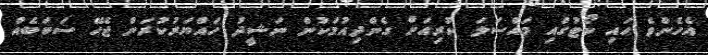
އެހެންވެ ހައި ކޯޓުގައި މައްސަލަ ކުރިއަށް ގެންދިއުމަކުން ނަޝީދު ހައްޔަރުކުރަން ޖެހޭ ސަބަބެއް